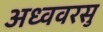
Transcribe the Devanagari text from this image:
अध्ववरसु